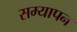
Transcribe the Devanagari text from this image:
सम्यापन